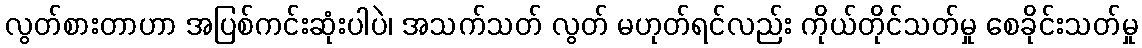
လွတ်စားတာဟာ အပြစ်ကင်းဆုံးပါပဲ၊ အသက်သတ် လွတ် မဟုတ်ရင်လည်း ကိုယ်တိုင်သတ်မှု စေခိုင်းသတ်မှု